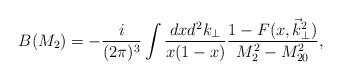
LaTeX: \begin{align*}B(M_2)=-\frac{i}{(2\pi)^3} \int \frac{dx d^2k_\perp}{x(1-x)}\frac{1-F(x,\vec k_\perp^2)}{M_2^2-M_{20}^2},\end{align*}